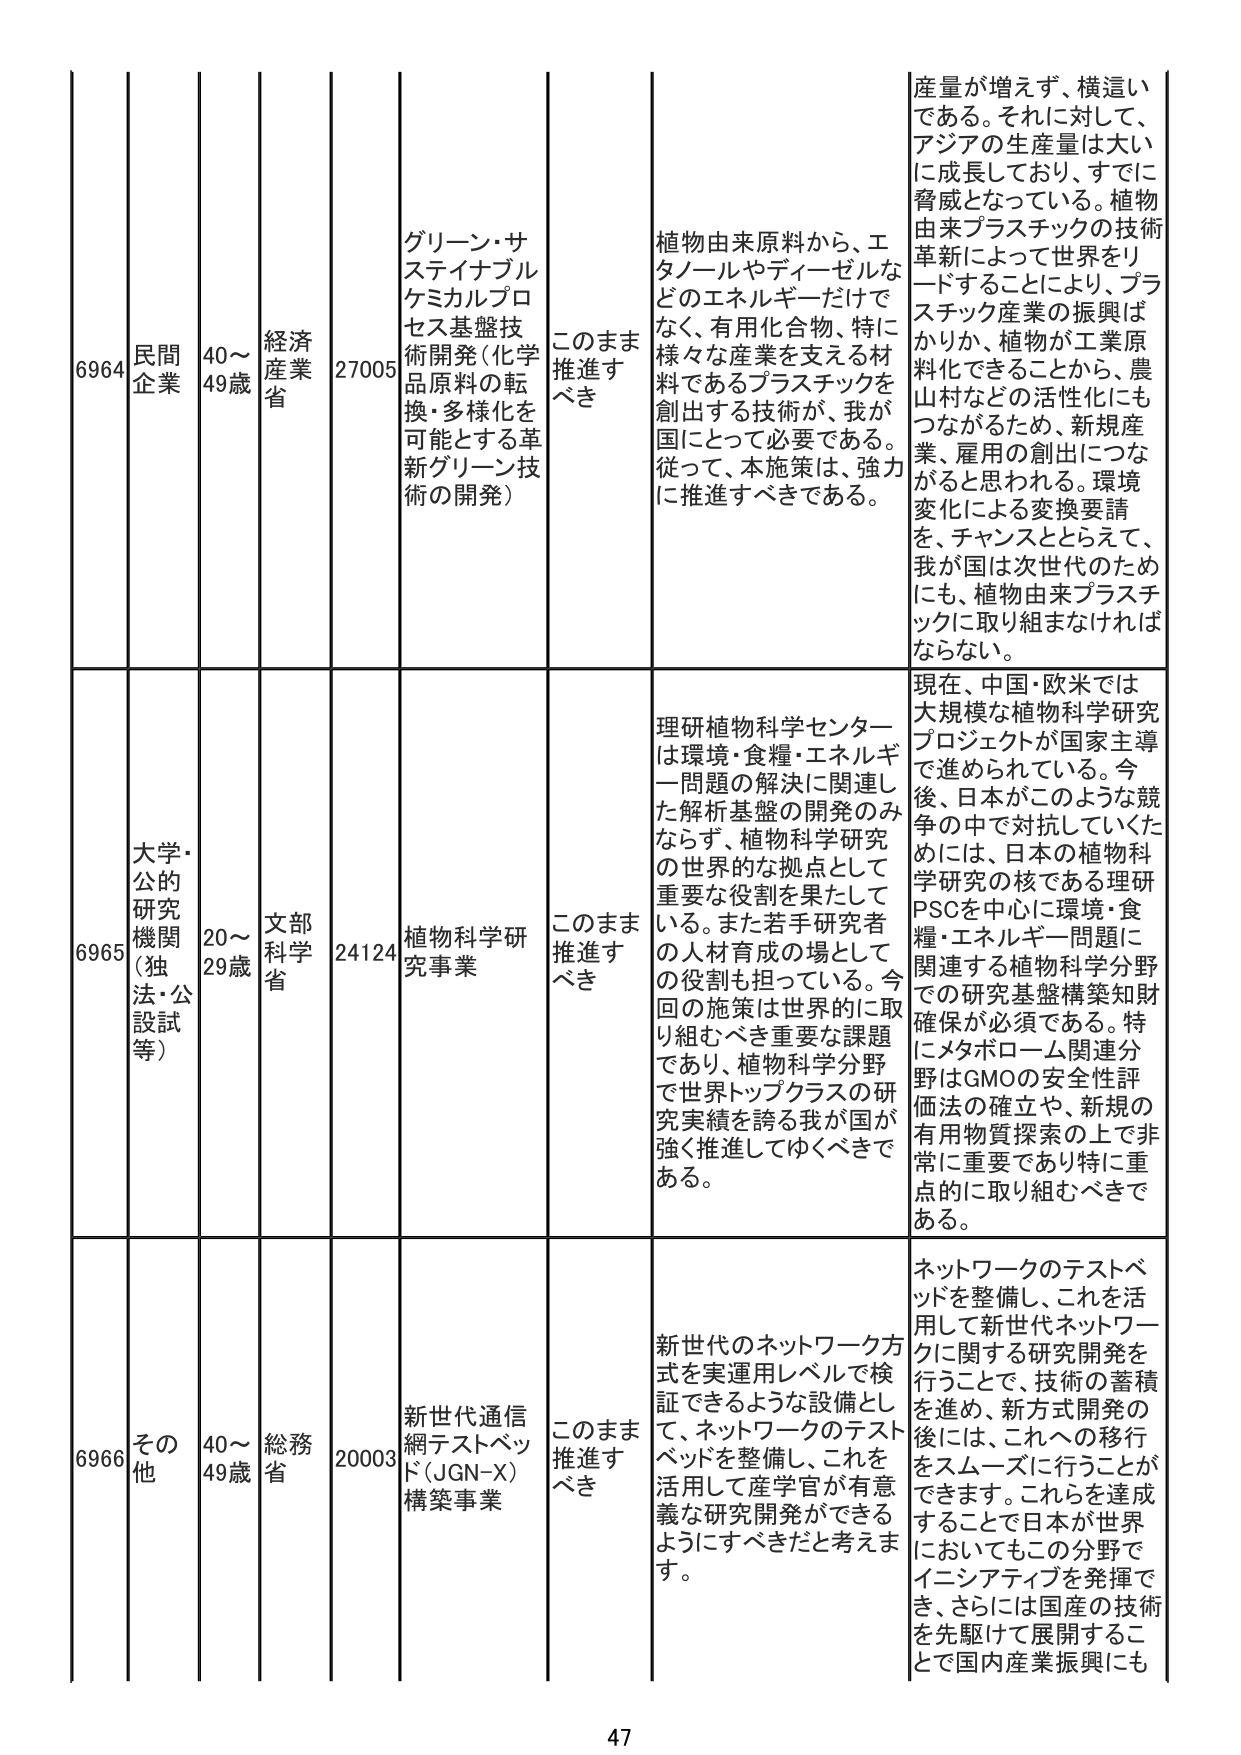
6964 民間企業 40～49歳 経済産業省 27005 グリーン・サステイナブルケミカルプロセス基盤技術開発（化学品原料の転換・多様化を可能とする革新グリーン技術の開発） このまま推進すべき 植物由来原料から、エタノールやディーゼルなどのエネルギーだけでなく、有用化合物、特に様々な産業を支える材料であるプラスチックを創出する技術が、我が国にとって必要である。従って、本施策は、強力に推進すべきである。 産量が増えず、横這いである。それに対して、アジアの生産量は大いに成長しており、すでに脅威となっている。植物由来プラスチックの技術革新によって世界をリードすることにより、プラスチック産業の振興ばかりか、植物が工業原料化できることから、農山林などの活性化にもつながるため、新規産業、雇用の創出につながると思われる。環境変化による変換要請を、チャンスととらえて、我が国は次世代のためにも、植物由来プラスチックに取り組まなければならない。

6965 大学・公的研究機関（独法・公設試等） 20～29歳 文部科学省 24124 植物科学研究事業 このまま推進すべき 理研植物科学センターは環境・食糧・エネルギー問題の解決に関連した解析基盤の開発のみならず、植物科学研究の世界的な拠点として重要な役割を果たしている。また若手研究者の人材育成の場としての役割も担っている。今回の施策は世界的に取り組むべき重要な課題であり、植物科学分野で世界トップクラスの研究実績を誇る我が国が強く推進してゆくべきである。 現在、中国・欧米では大規模な植物科学研究プロジェクトが国家主導で進められている。今後、日本がこのような競争の中で対抗していくためには、日本の植物科学研究の核である理研PSCを中心に環境・食糧・エネルギー問題に関連する植物科学分野での研究基盤構築知財確保が必須である。特にメタボローム関連分野はGMOの安全性評価法の確立や、新規の有用物質探索の上で非常に重要であり特に重点的に取り組むべきである。

6966 その他 40～49歳 総務省 20003 新世代通信網テストベッド（JGN-X）構築事業 このまま推進すべき 新世代のネットワーク方式を実運用レベルで検証できるような設備として、ネットワークのテストベッドを整備し、これを活用して産学官が有意義な研究開発ができるようにすべきだと考えます。 ネットワークのテストベッドを整備し、これを活用して新世代ネットワークに関する研究開発を行うことで、技術の蓄積を進め、新方式開発の後には、これへの移行をスムーズに行うことができます。これらを達成することで日本が世界においてもこの分野でイニシアティブを発揮でき、さらには国産の技術を先駆けて展開することで国内産業振興にも

47